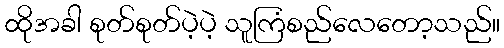
ထိုအခါ စုတ်စုတ်ပဲ့ပဲ့ သူကြံစည်လေတော့သည်။